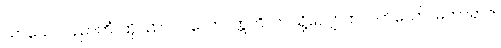
သာယေဝပညာကိံ၊ ထိုပညာပင်လော။ ဣတိ၊ ဤသို့လျှောက်လတ်သော်။ မဟာရာဇ၊